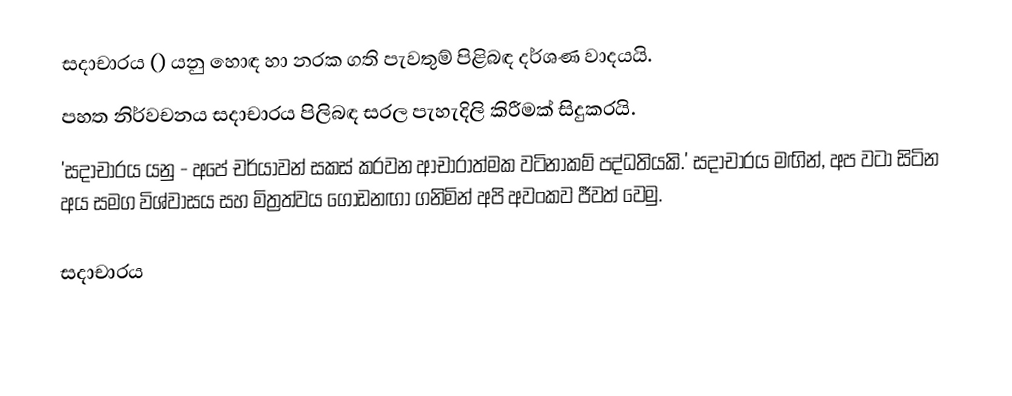
සදාචාරය () යනු හොඳ හා නරක ගති පැවතුම් පිළිබඳ දර්ශණ වාදයයි.
පහත නිර්වචනය සදාචාරය පිලිබඳ සරල පැහැදිලි කිරීමක් සිදුකරයි.
'සදාචාරය යනු - අපේ චර්යාවන් සකස් කරවන ආචාරාත්මක වටිනාකම් පද්ධතියකි.'  සදාචාරය මඟින්, අප වටා සිටින අය සමග විශ්වාසය සහ මිත්‍රත්වය ගොඩනඟා ගනිමින් අපි අවංකව ජීවත් වෙමු.

සදාචාරය